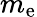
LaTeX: m_{\mathrm{e}}